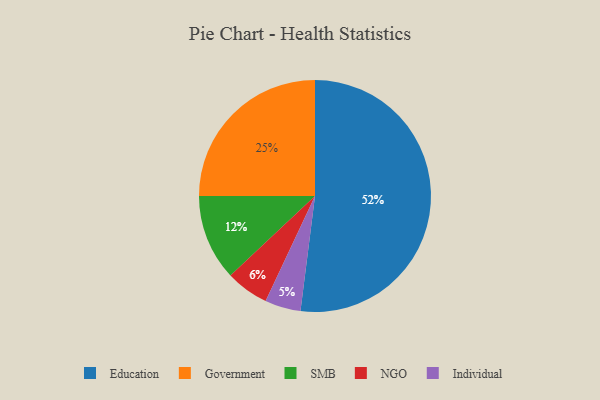
{"axis": {"x": "Category", "y": "Percentage"}, "legend": ["Education", "Government", "Individual", "NGO", "SMB"], "data": [{"x": "NGO", "y": 6, "type": "NGO"}, {"x": "Education", "y": 52, "type": "Education"}, {"x": "Government", "y": 25, "type": "Government"}, {"x": "Individual", "y": 5, "type": "Individual"}, {"x": "SMB", "y": 12, "type": "SMB"}]}